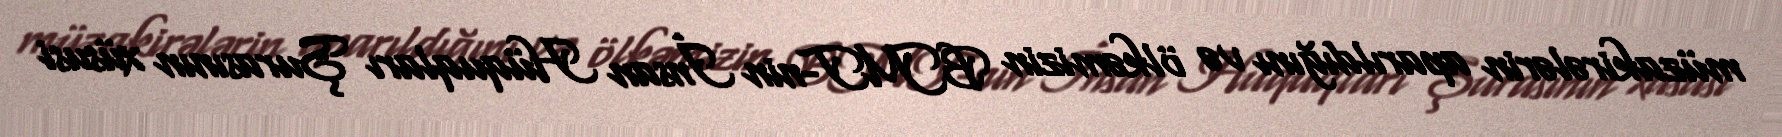
müzakirələrin aparıldığını və ölkəmizin BMT-nin İnsan Hüquqları Şurasının xüsusi